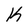
Character: K